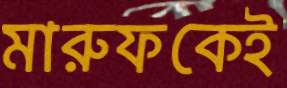
মারুফকেই